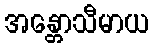
အန္တောသီမာယ